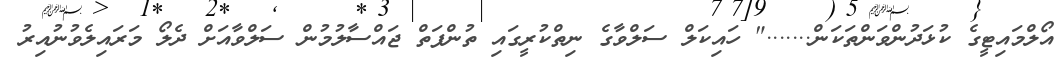
އޯލްމައިޓީގެ ކުޅަދުންވަންތަކަން......." ހައިކަލް ސަލްވާގެ ނިތްކުރީގައި ތުންފަތް ޖައްސާލުމުން ސަލްވާއަށް ދެލޯ މަރައިލެވުނުއިރު